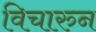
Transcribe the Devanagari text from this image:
विचारुन